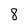
Character: 8